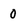
Character: 0